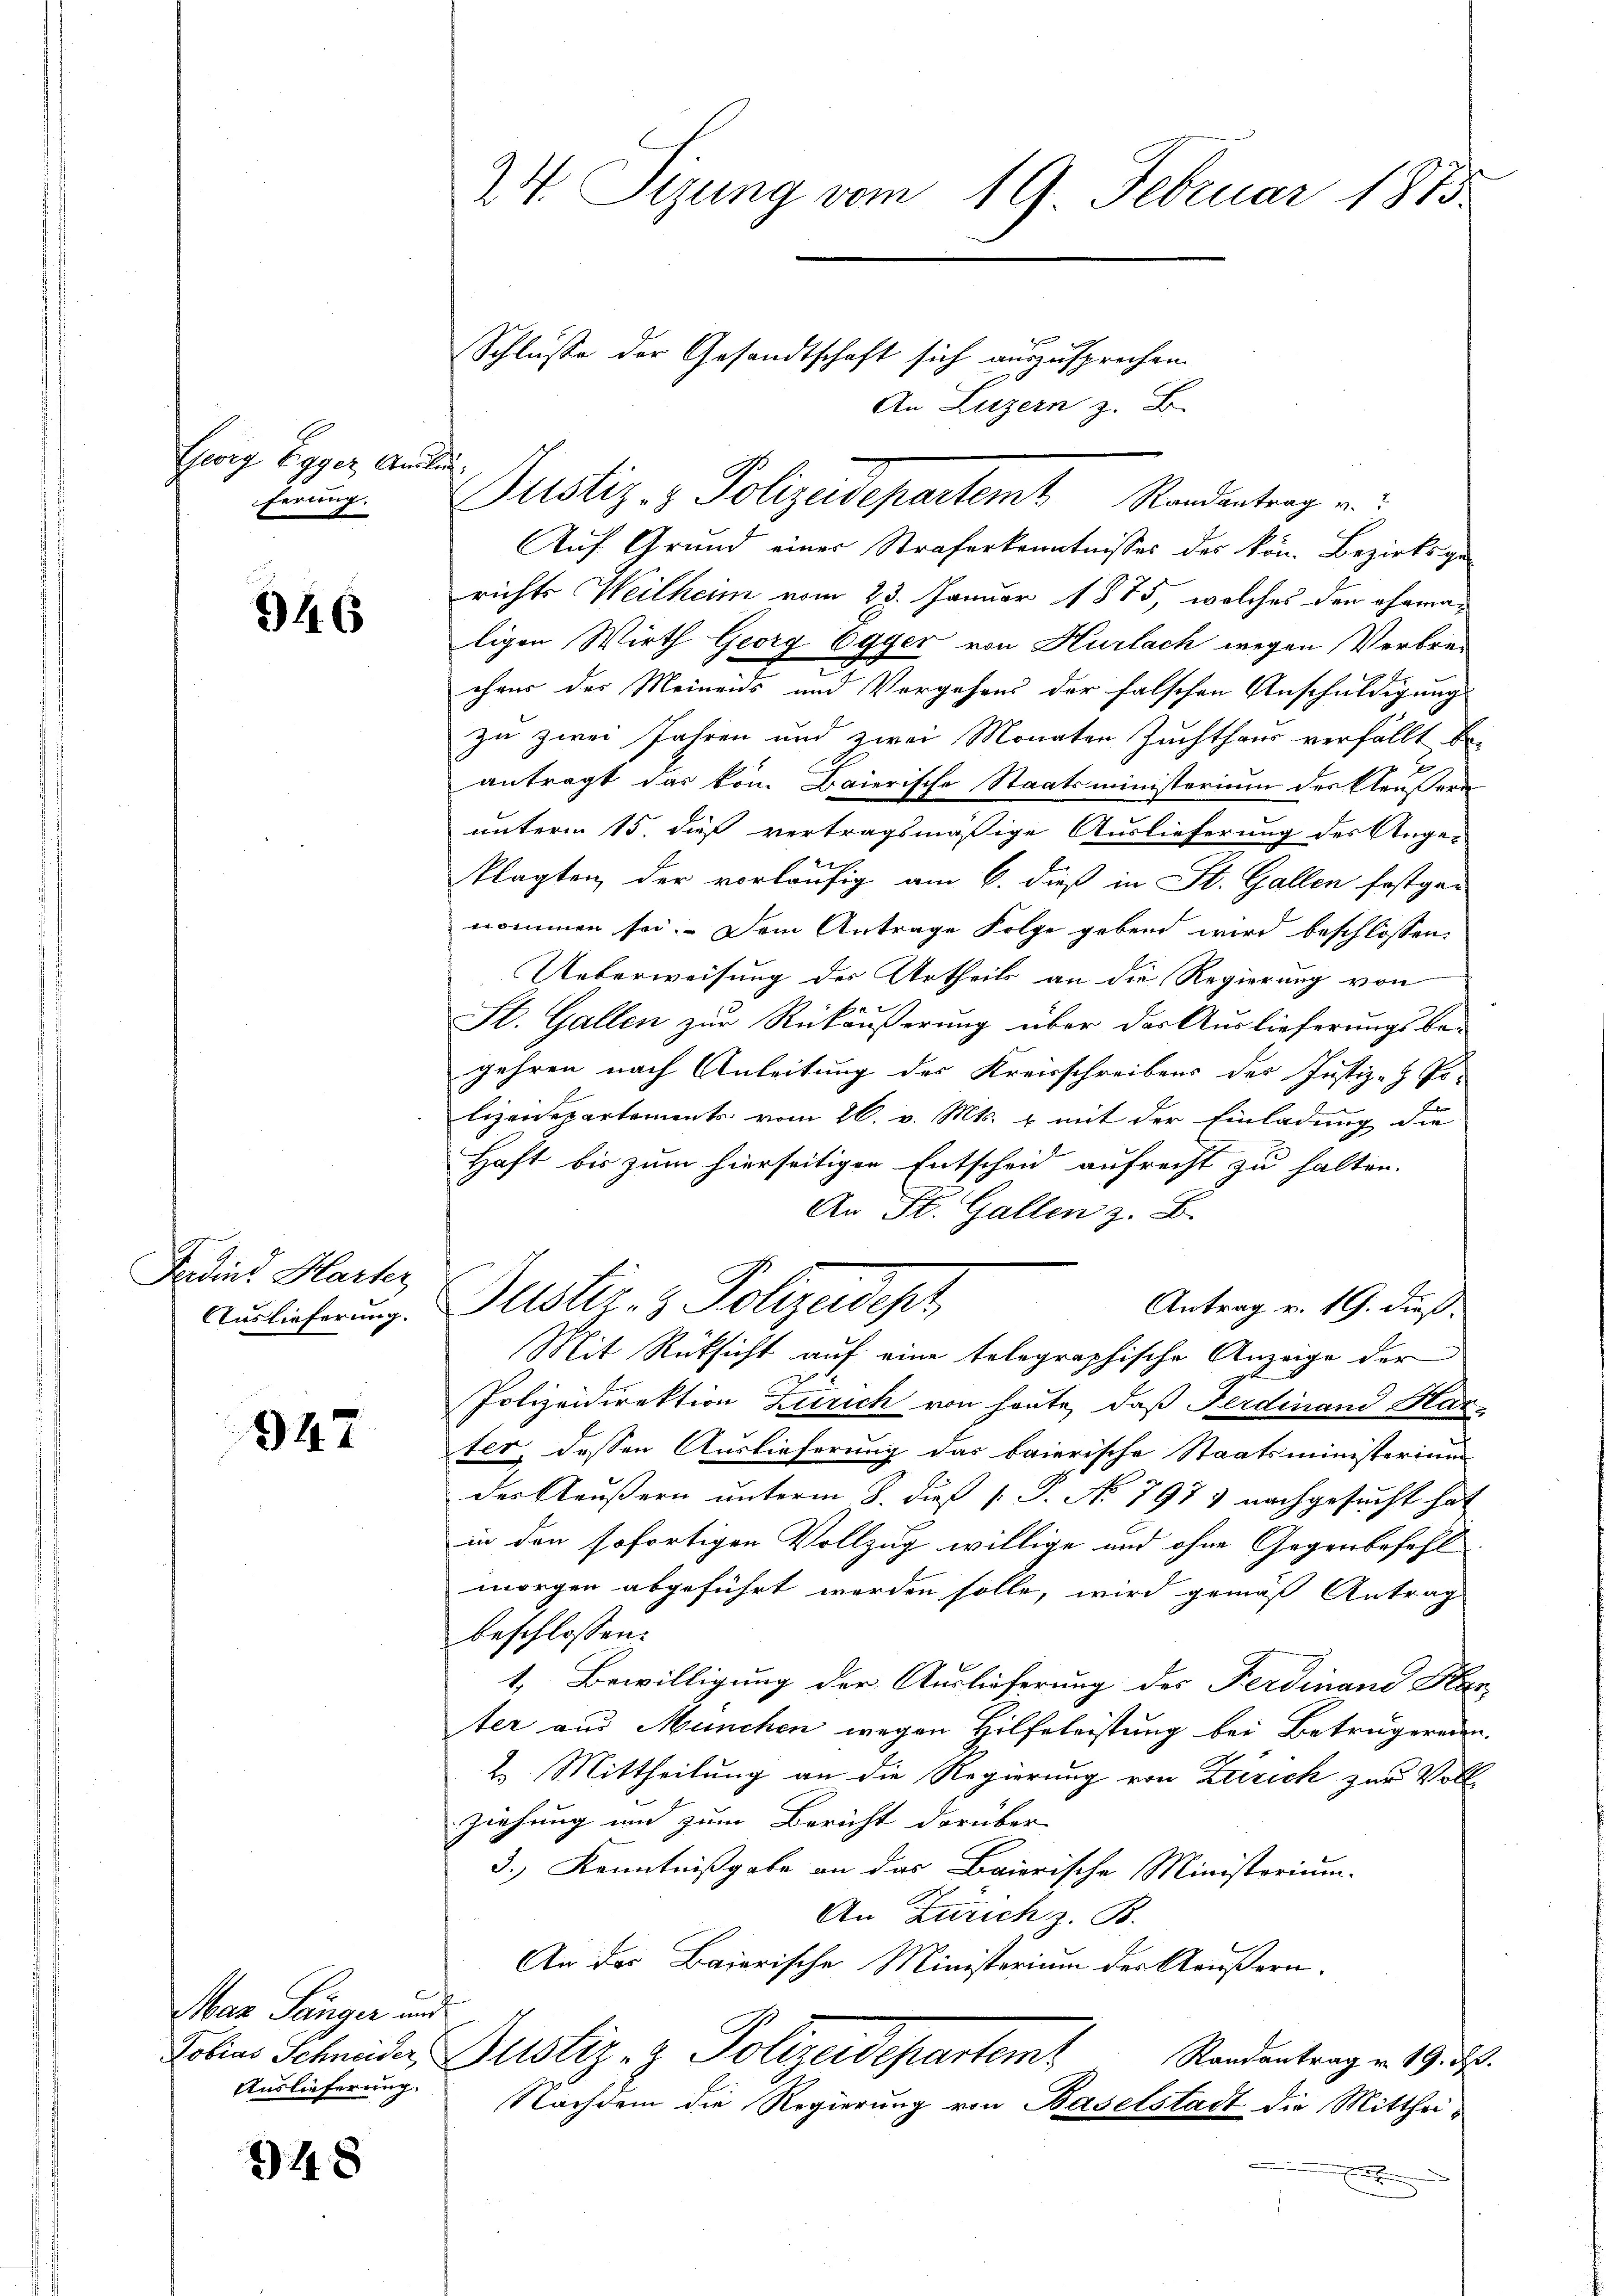
Ewig Egger Auss
ferung.

346

Fedient Harter
Auslieferung.

947

Mar Sänger und
Lobias Schneider
Auslieferung.

48

24. Sizung vom 19. Februar 1875
Schlusse der Gesandtschaft sich auszusprechen.
An Luzern z. B.

.

Justiz- & Polizadest

Auf Grund einer Straferkenntnisses des kön. Bezirksge-
richts Weilheim vom 23. Januar 1875, welches den ehemaligen Wirth Georg Egger von Hurlach wegen Verbrechaus des Meinens und Vergehens der falschen Anschuldigung
zu zwei Jahren und zwei Monaten Zuchthaus verfällt be-
antragt das von Baierische Staatsministerium des Aeußern
unterm 15. dieß vertragsmäßige Auslieferung des Ange-
u
klagten, der vorläufig am 6. dieß in St. Gallen festgen
nommen sei. Dem Antrage Folge gebend wird beschlossen:
Ueberweisung des Urtheils an die Regierung von
St. Gallen zŭr Rükäŭβerŭng über das Aŭslieferŭngsbe-
gehren nach Anleitung des Kreisschreibens des Justiz- & Po-
lizendepartements vom 26. v. Mts. & mit der Einladung die
Haft bis zum hierseitigen Entscheid aufrecht zu halten.
An St. Gallen z. B.
Antrag v. 19. dieß.
Mit Rücksicht auf eine telegraphische Anzeige der
Polizeidirektion Zürich von heute, daß Ferdinand Har-
ter, dessen Auslieferung das baierische Staatsministerium
des Aeußern unterm 8. dieß P. P. No 797. nachgesucht hat
in den sofortigen Vollzug willige und ohne Gegenbefehl
morgen abgeführt werden solle, wird gemäß Antrag
beschlossen:
1. Bewilligung der Auslieferung des Ferdinand Han
ter aus München wegen Hilfeleistung bei Betrugereien.
2. Mittheilung an die Regierung von Zürich zur Voll-
ziehung und zum Bericht darüber
3.) Kenntnißgabe an das Baierische Ministerium.
An Zürich z. B.
An des Baierische Ministerium des Aeußern.
Dustiz- & Polizeidepartent
Randantrag v. 19. d.
Nachdem die Regierung von Baselstadt die Mitthei¬

Justiz- & Polizedepartemt Standentrag en